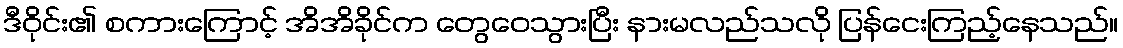
ဒီဝိုင်း၏ စကားကြောင့် အိအိခိုင်က တွေဝေသွားပြီး နားမလည်သလို ပြန်ငေးကြည့်နေသည်။